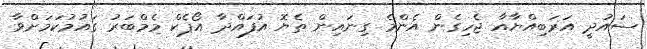
ސައުދީ އަރަބިއްޔާއާ ޖެހިގެން އެންމެ ގިނައިން ތެޔޮ އުފައްދާ އޯޕެކް މެމްބަރު ގައުމުކަމަށްވާ